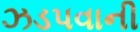
ઝડપવાની